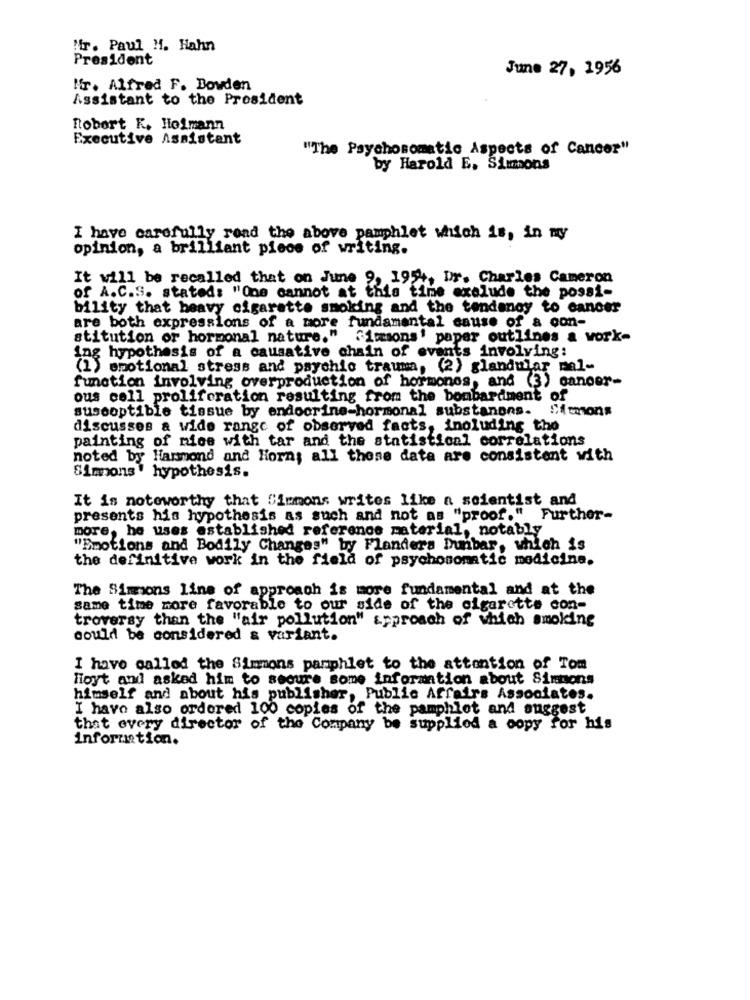
Nfr. Paul H. Hahn
President
June 27, 196
Mr. Alfred F. Bowden
Assistant to the President
Robert K. Hofmann
Executive Assistant
"The Psychosomatic_Aspects of Cancer"
by Harold E. Simons
I have carefully read the above pamphlet which is, in my
opinion, a brilliant piece of writing.
It will be recalled that on June 9, 1954, Dr. Charles Cameron
of A.C.S. stated: "One cannot at this time axolude the possi-
bility that heavy cigarette smoking and the tendency to cancer
are both expressions of a more fundamental cause of a con-
stitution or hormonal nature." "imsons' paper outlines a work-
ing hypothesis of a causative chain of events involving:
(1) emotional stress and psychic trauma, (2) glandular mal-
function involving overproduction of hormones, and (3) sanoer-
ous cell proliferation resulting from the bombardment of
susceptible tissue by endocrine-hormonal substanons.
discusses a wide range of observed facts, inoluding the
painting of mice with tar and the statistical correlations
noted by Hammond and Horn; all these date are consistent with
Simons hypothesis.
It is noteworthy that Simmons writes like a soientist and
presents his hypothesis as such and not as "proof." Further-
more, he uses established reference material, notably
"Emotions and Bodily Changes" by Flanders Dunbar, which is
the definitive work in the field of psychosomatic medicine.
The Simmons line of approach is more fundamental and at the
same time more favorable to our side of the cigarette con-
troversy than the "air pollution" approach of which smoking
could be considered & variant.
I have called the Simmons pamphlet to the attention of Tom
Hoyt and asked him to secure some information about Sintions
himself and about his publisher, Public Affairs Associates.
I have also ordored 100 copies of the pamphlet and suggest
that every director of the Company be supplied a copy for his
information.